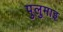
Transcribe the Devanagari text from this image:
पुलुमाइ